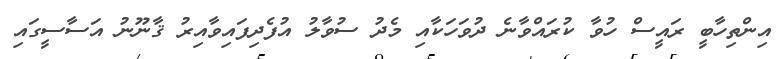
އިންތިހާބީ ރައީސް ހުވާ ކުރައްވާނެ ދުވަހަކާއި މެދު ސުވާލު އުފެދިފައިވާއިރު ޤާނޫނު އަސާސީގައި